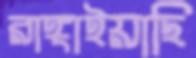
রাঙ্গাইয়াছি